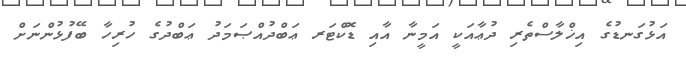
އަޅުގަނޑުގެ އިޚްލާސްތެރި ދުޢާއަކީ އަމީނާ އާއި ޑޮކްޓަރ ޢަބްދުއްޞަމަދު ޢަބްދުގެ ހުރިހާ ބޭފުޅުންނަށް